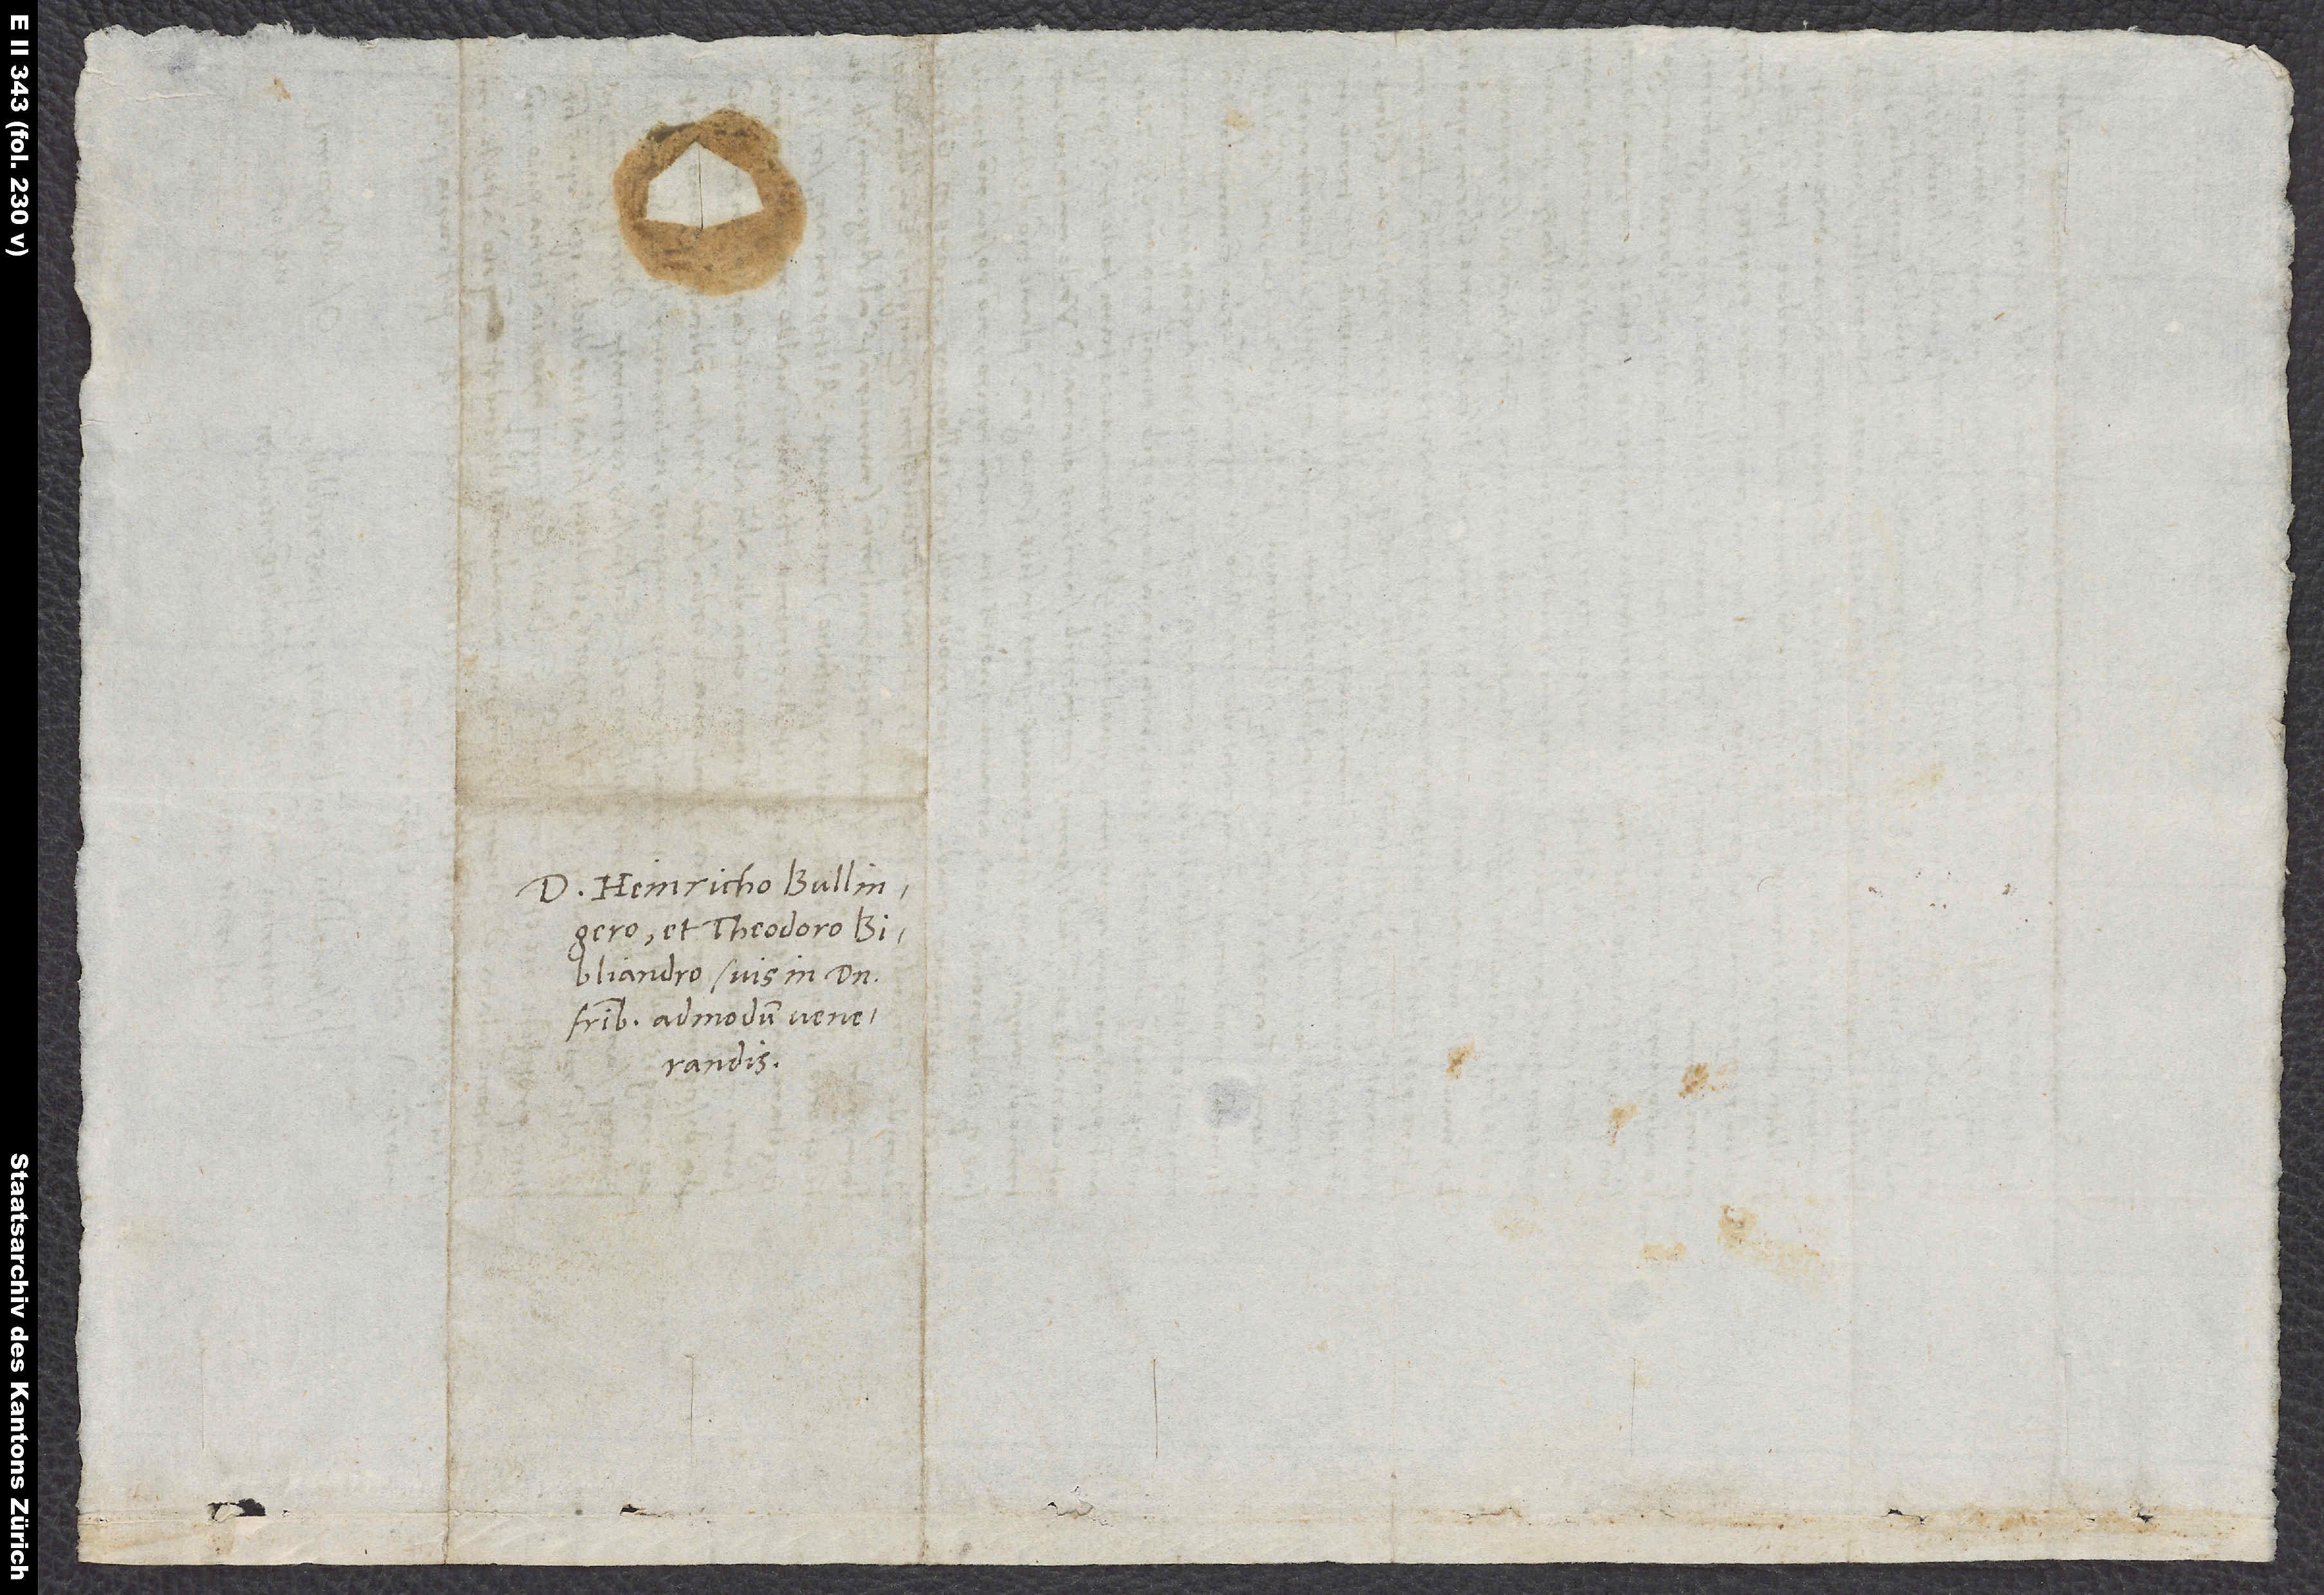
D Heinricho Bullingero
et Theodoro
Bibliandro, suis in domino
fratribus admodum venerandis.